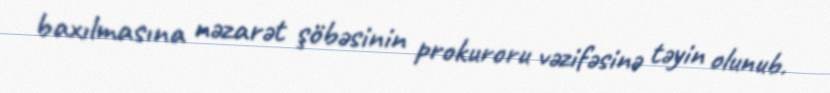
baxılmasına nəzarət şöbəsinin prokuroru vəzifəsinə təyin olunub.